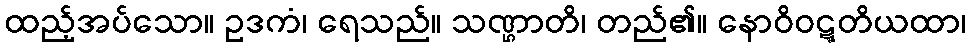
ထည့်အပ်သော။ ဥဒကံ၊ ရေသည်။ သဏ္ဌာတိ၊ တည်၏။ နောဝိဝဋ္ဋတိယထာ၊